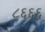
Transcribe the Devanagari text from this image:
८६६६